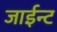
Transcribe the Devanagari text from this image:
जाईन्ट